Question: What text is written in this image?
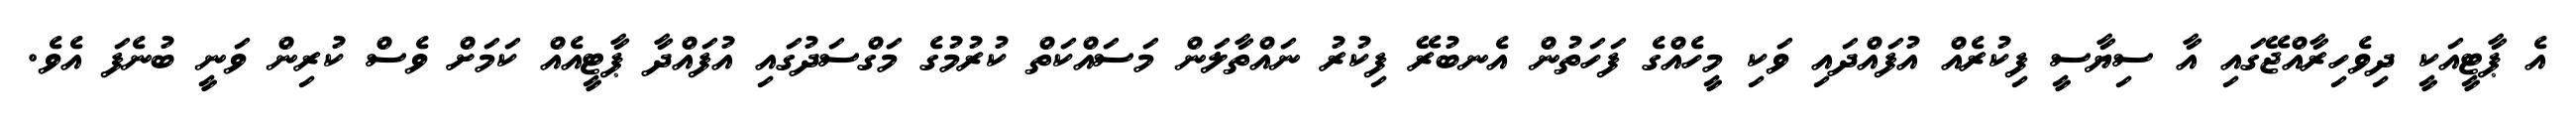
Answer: އެ ޕާޓީއަކީ ދިވެހިރާއްޖޭގައި އާ ސިޔާސީ ފިކުރެއް އުފައްދައި ވަކި މީހެއްގެ ފަހަތުން އެނބުރޭ ފިކުރު ނައްތާލަން މަސައްކަތް ކުރުމުގެ މަގްސަދުގައި އުފައްދާ ޕާޓީއެއް ކަމަށް ވެސް ކުރިން ވަނީ ބުނެފަ އެވެ.